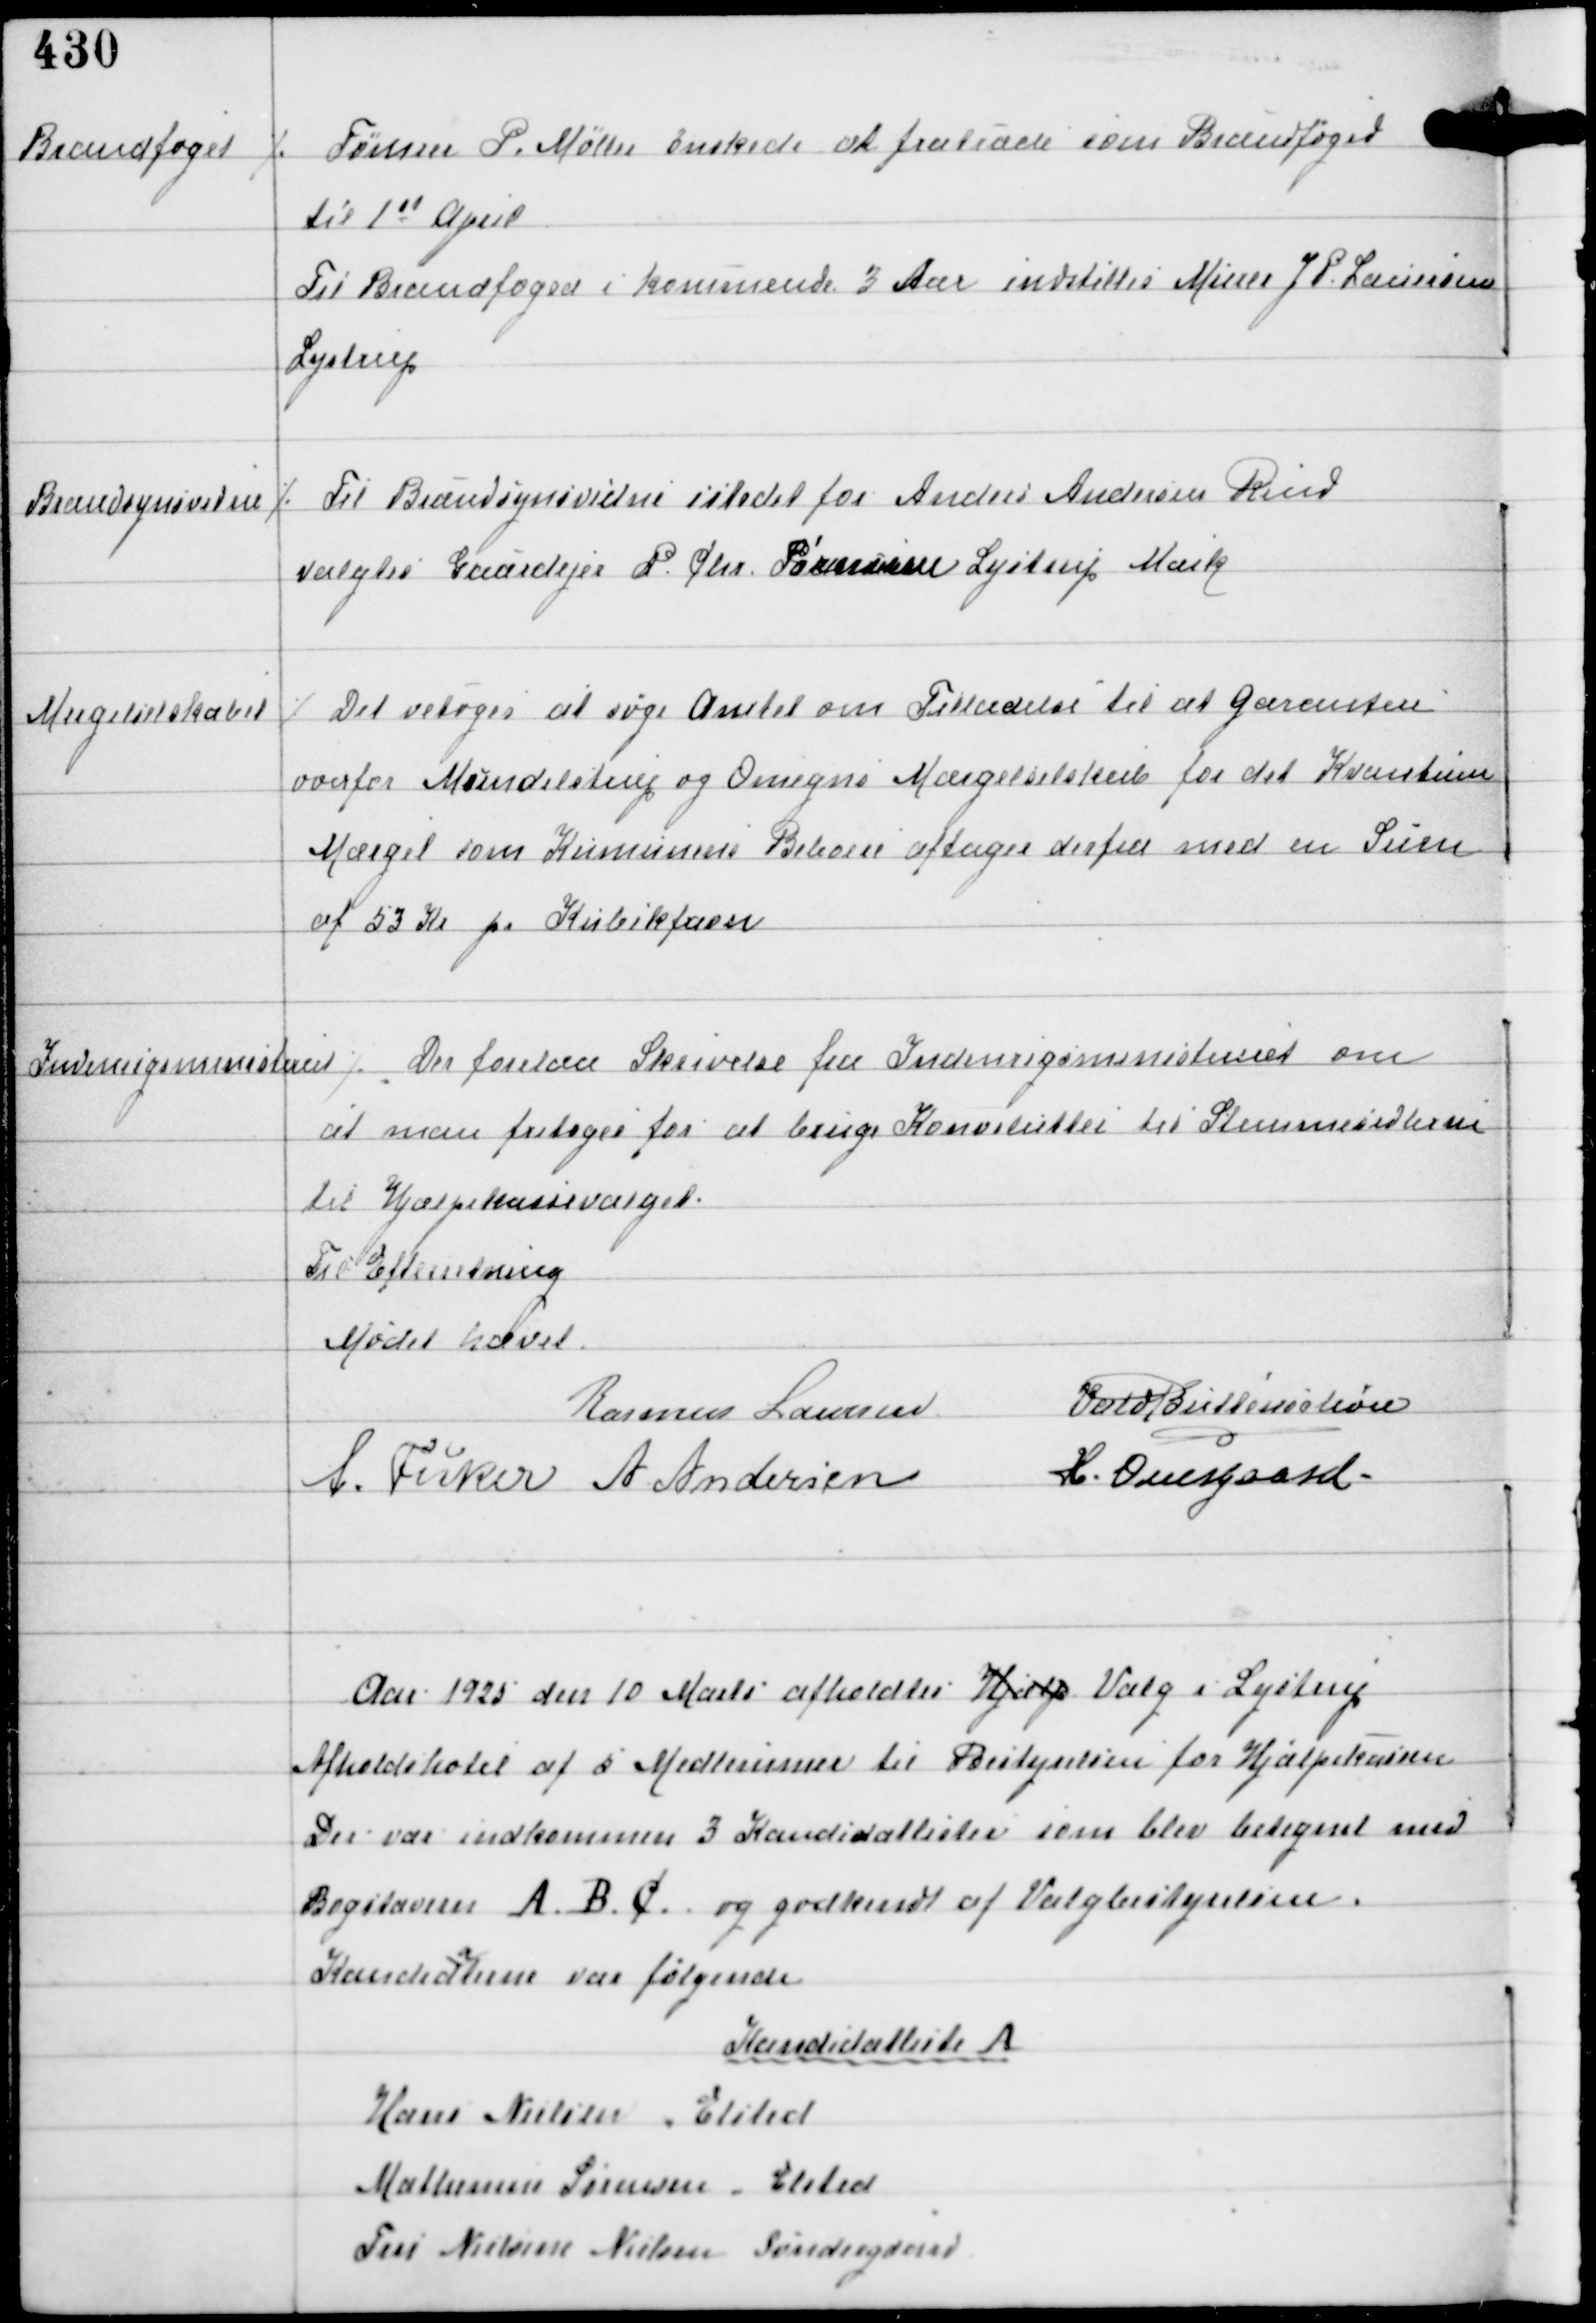
Transskription:
Brandfoged

⁒ Tømrer P. Møller ønskede at fratræde som Brandfoged
til 1st April
Til Brandfoged i kommende 3 Aar indstilles Murer J.P. Laursen
Lystrup

Brandsynsvidne

⁒ Til Brandsynsvidne istedet for Anders Andersen Rind
valgtes Gaardejer P. Chr. Sørensen Lystrup Mark

Mergelselskabet

⁒ Det vedtoges at søge Amtet om Tilladelse til at Garantere
overfor Mundelstrup og Omegns Mærgelselskab for det Kvantum
Mærgel som Komunens Beboere aftager derfra med en Sum
af 53 Kr pr Kubikfavn

Indenrigsministeriet

⁒ Der forelaa Skrivelse fra Indenrigsministeriet om
at man fritages for at bruge Konvolutter til Stemmesedlerne
til Hjælpekassevalget.
Til Efterretning

Mødet hævet
Rasmus Laursen
Vald Buttenschøn
A. Fisker A Andersen
H. Overgaard

Aar 1925 den 10 Marts afholdtes Hjælp Valg i Lystrup
Afholdshotel af 5 Medlemmer til Bestyrelsen for Hjælpekassen.
Der var indkommen 3 Kandidatlister som blev betegnet med
Bogstaverne A B C og godkendt af Valgbestyrelsen.
Kandidaterne var følgende

Kandidatliste A
Hans Nielsen, Elsted
Mathensen Sørensen, Elsted
Fru Nielsine Nielsen, Søndergaard